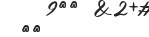
١٥